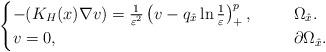
LaTeX: \begin{align*}\begin{cases}-(K_H(x)\nabla v)=\frac{1}{\varepsilon^2} \left (v-q_{\hat{x}}\ln\frac{1}{\varepsilon}\right )^{p}_+,\ \ \ \ &\ \Omega_{\hat{x}}.\\v=0,\ \ \ \ &\ \partial \Omega_{\hat{x}}.\end{cases}\end{align*}